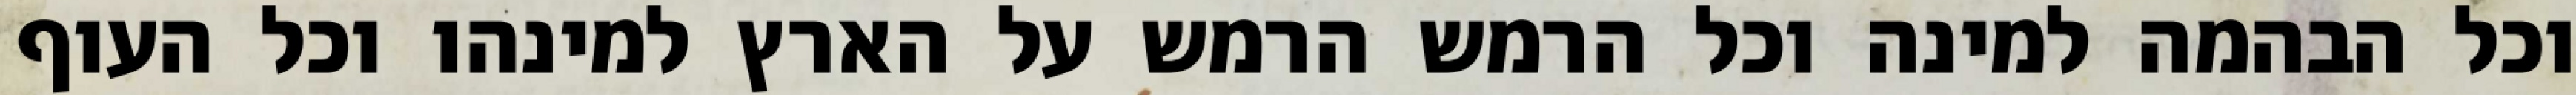
וכל הבהמה למינה וכל הרמש הרמש על הארץ למינהו וכל העוף